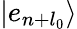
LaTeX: |e_{n+l_{0}}\rangle